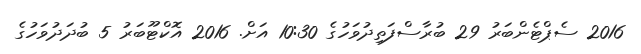
2016 ސެޕްޓެންބަރު 29 ބުރާސްފަތިދުވަހުގެ 10:30 އަށް. 2016 އޮކްޓޫބަރު 5 ބުދަދުވަހުގެ